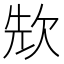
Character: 㰫